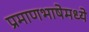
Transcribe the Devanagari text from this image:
प्रमाणभाषेमध्ये